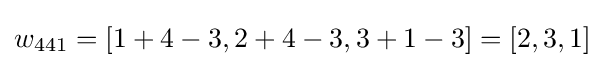
w_{441}=[1+4-3,2+4-3,3+1-3]=[2,3,1]